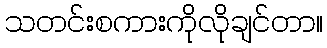
သတင်းစကားကိုလိုချင်တာ။